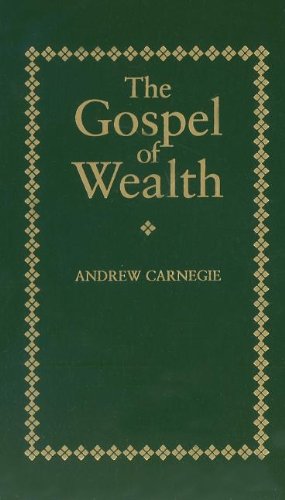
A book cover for Gospel of Wealth (Little Books of Wisdom); Andrew Carnegie; Politics & Social Sciences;